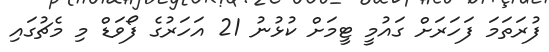
ފުރަތަމަ ފަހަރަށް ގައުމީ ޓީމަށް ކުޅުނު 21 އަހަރުގެ ފޯވަޑް މި މެޗުގައި